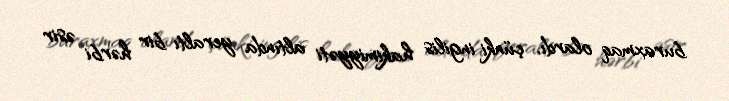
buraxmaq olardı, çünki ingilis hakimiyyəti altında yeraltı bir hərbi əsir